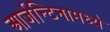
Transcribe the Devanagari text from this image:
आर्जेन्टिनामध्ये